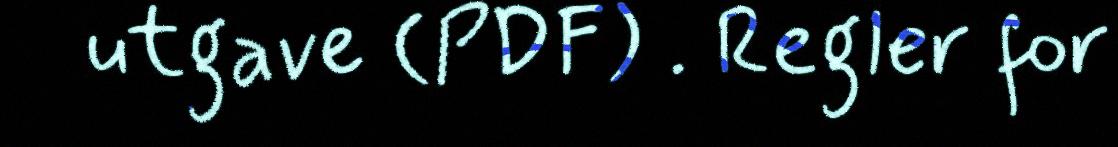
utgave (PDF) . Regler for